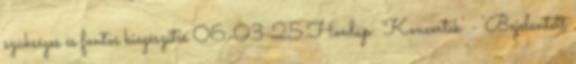
szükséges és fontos kiegészítés 06-03-25 Honlap: 'Koncertek' - 'Bejelentett